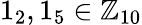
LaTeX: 1_{2},1_{5}\in\mathbb{Z}_{10}